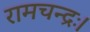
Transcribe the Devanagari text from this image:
रामचन्द्रः।